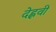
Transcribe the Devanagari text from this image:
देह्लवी